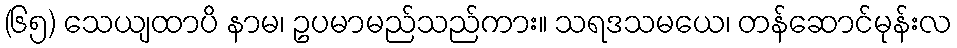
(၆၅) သေယျထာပိ နာမ၊ ဥပမာမည်သည်ကား။ သရဒသမယေ၊ တန်ဆောင်မုန်းလ